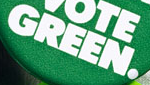
GREEN.